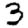
Digit: 3